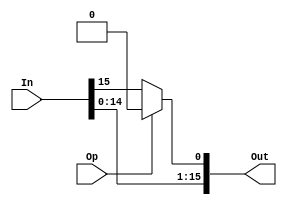
/*
    shift left/rotate left 1 bit
 */
module left_1 (In, Op, Out);
    parameter   N = 16;
    
    input [N-1:0]  In;
    input Op;
    output [N-1:0] Out;
    
    assign Out[0] = Op ? 1'b0 : In[15];
    assign Out[15:1] = In[14:0];
endmodule